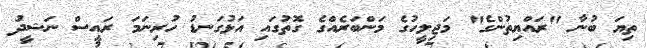
ތިޔަ ބުނާ "ރައްޔިތުންގެ" މަޖިލީހުގެ މަންބަރެއްގެ ގޮތުގައި އަޅުގަނޑު ހުރިނަމަ ރައީސް ނަޝީދު